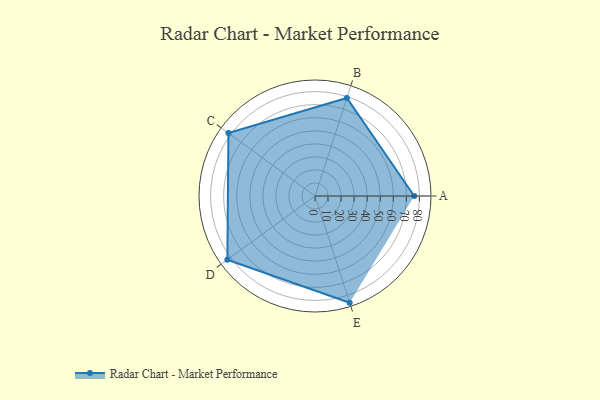
{"axis": {"x": "Skill", "y": "Score"}, "legend": ["Profile"], "data": [{"x": "A", "y": 76.0, "type": "Profile"}, {"x": "B", "y": 79.0, "type": "Profile"}, {"x": "C", "y": 82.0, "type": "Profile"}, {"x": "D", "y": 83.0, "type": "Profile"}, {"x": "E", "y": 86.0, "type": "Profile"}]}